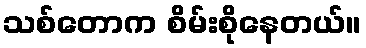
သစ်တောက စိမ်းစိုနေတယ်။